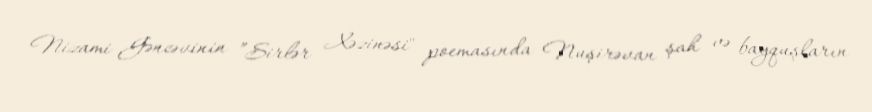
Nizami Gəncəvinin ”Sirlər Xəzinəsi" poemasında Nuşirəvan şah və bayquşların